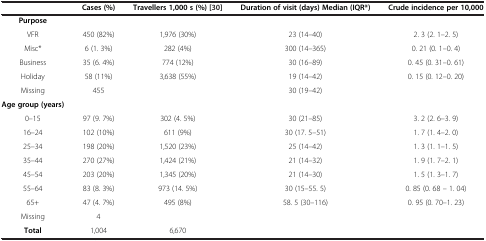
<table><thead><tr><td><b> </b></td><td><b>Cases (%)</b></td><td><b>Travellers 1,000 s (%)[30]</b></td><td><b>Duration of visit (days) Median (IQR*)</b></td><td><b>Crude incidence per 10,000</b></td></tr></thead><tbody><tr><td><b>Purpose</b></td><td> </td><td> </td><td> </td><td> </td></tr><tr><td>VFR</td><td>450 (82%)</td><td>1,976 (30%)</td><td>23 (14–40)</td><td>2. 3 (2. 1–2. 5)</td></tr><tr><td>Misc*</td><td>6 (1. 3%)</td><td>282 (4%)</td><td>300 (14–365)</td><td>0. 21 (0. 1–0. 4)</td></tr><tr><td>Business</td><td>35 (6. 4%)</td><td>774 (12%)</td><td>30 (16–89)</td><td>0. 45 (0. 31–0. 61)</td></tr><tr><td>Holiday</td><td>58 (11%)</td><td>3,638 (55%)</td><td>19 (14–42)</td><td>0. 15 (0. 12–0. 20)</td></tr><tr><td>Missing</td><td>455</td><td> </td><td>30 (19–42)</td><td> </td></tr><tr><td><b>Age group (years)</b></td><td> </td><td> </td><td> </td><td> </td></tr><tr><td>0–15</td><td>97 (9. 7%)</td><td>302 (4. 5%)</td><td>30 (21–85)</td><td>3. 2 (2. 6–3. 9)</td></tr><tr><td>16–24</td><td>102 (10%)</td><td>611 (9%)</td><td>30 (17. 5–51)</td><td>1. 7 (1. 4–2. 0)</td></tr><tr><td>25–34</td><td>198 (20%)</td><td>1,520 (23%)</td><td>25 (14–42)</td><td>1. 3 (1. 1–1. 5)</td></tr><tr><td>35–44</td><td>270 (27%)</td><td>1,424 (21%)</td><td>21 (14–32)</td><td>1. 9 (1. 7–2. 1)</td></tr><tr><td>45–54</td><td>203 (20%)</td><td>1,345 (20%)</td><td>21 (14–30)</td><td>1. 5 (1. 3–1. 7)</td></tr><tr><td>55–64</td><td>83 (8. 3%)</td><td>973 (14. 5%)</td><td>30 (15–55. 5)</td><td>0. 85 (0. 68 – 1. 04)</td></tr><tr><td>65+</td><td>47 (4. 7%)</td><td>495 (8%)</td><td>58. 5 (30–116)</td><td>0. 95 (0. 70–1. 23)</td></tr><tr><td>Missing</td><td>4</td><td> </td><td> </td><td> </td></tr><tr><td><b>Total</b></td><td>1,004</td><td>6,670</td><td> </td><td> </td></tr></tbody></table>